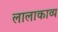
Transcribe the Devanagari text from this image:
लालाकाव्य